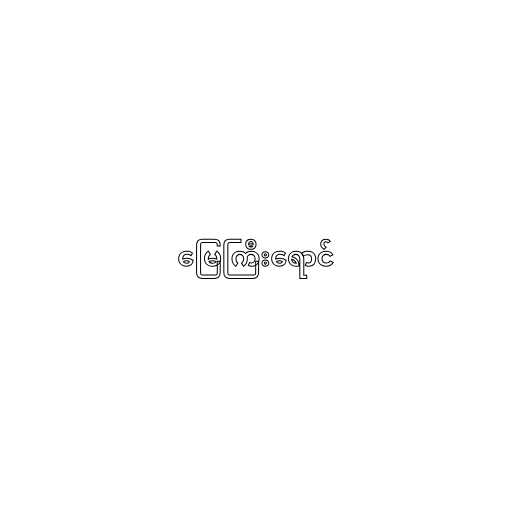
မြေကြီးရောင်